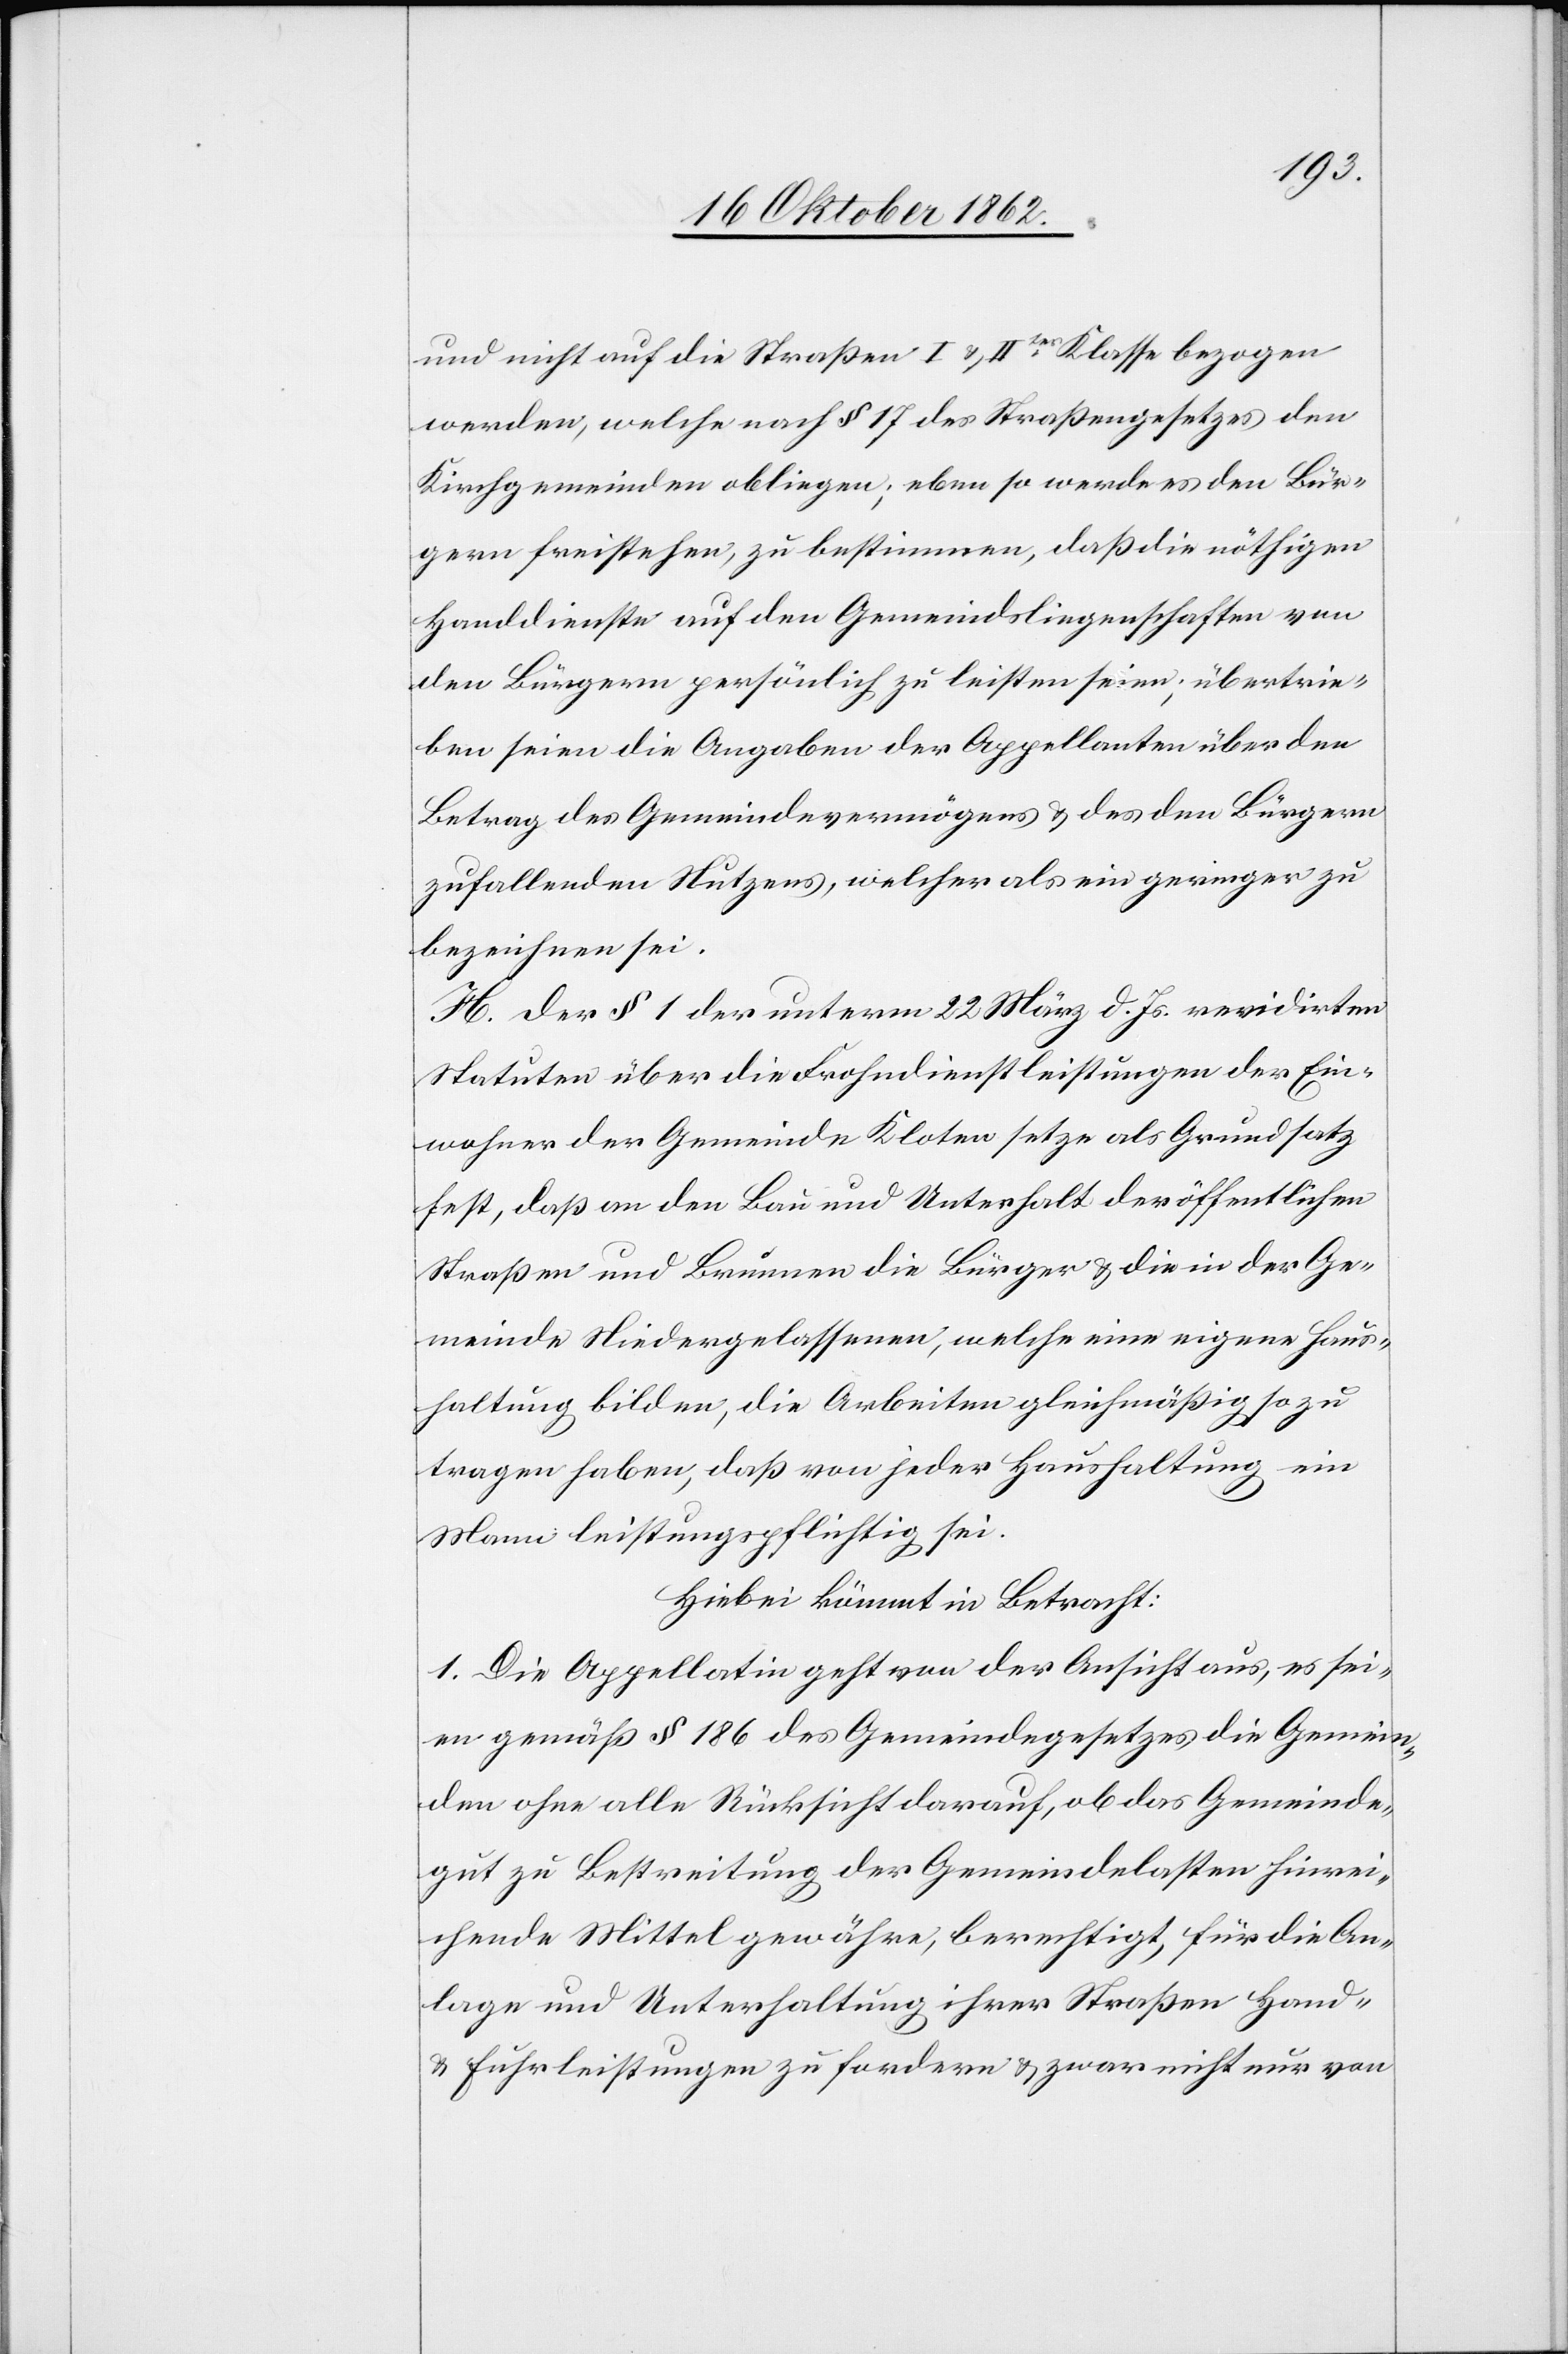
und nicht auf die Straßen I u. IIter Klasse bezogen
werden, welche nach § 17 des Straßengesetzes den
Kirchgemeinden obliegen, eben so werde es den Bür¬
gern freistehen, zu bestimmen, daß die nöthige
Handdienste auf den Gemeindsliegenschaften von
den Bürgern persönlich zu leisten seien, übertrie¬
ben seien die Angaben der Appellanten über den
Betrag des Gemeindevermögens u. des dem Bürgern
zufallenden Nutzens, welcher als ein geringer zu
bezeichnen sei.
H. Der § 1 der unterm 22. März d. Js. revidirten
Statuten über die Frohndienstleistungen der Ein¬
wohner der Gemeinde Kloten setze als Grundsatz
fest, daß an den Bau und Unterhalt der öffentlichen
Straßen und Brunnen die Bürger u. die in der Ge¬
meinde Niedergelassenen, welche eine eigene Haus¬
haltung bilden, die Arbeiten gleichmäßig so zu
tragen haben, daß von jeder Haushaltung ein
Mann leistungspflichtig sei.
Hiebei kömmt in Betracht:
1. Die Appellatin geht von der Ansicht aus, es sei¬
en gemäß § 186 des Gemeindegesetzes die Gemein¬
den ohne alle Rücksicht darauf, ob das Gemeinde¬
gut zu Bestreitung der Gemeindelasten hinrei¬
chende Mittel gewähre, berechtigt, für die An¬
lage und Unterhaltung ihrer Straßen Hand-
u. Fuhrleistungen zu fordern u. zwar nicht nur von